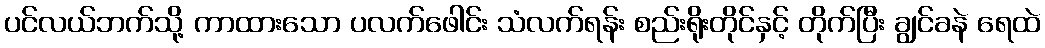
ပင်လယ်ဘက်သို့ ကာထားသော ပလက်ဖေါင်း သံလက်ရန်း စည်းရိုးတိုင်နှင့် တိုက်ပြီး ချွင်ခနဲ ရေထဲ